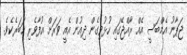
ޖަޕާނު އެމްބަސީ އެއް ރާއްޖޭގައި ހުޅުވިގެން ދިއުން އެއީ ވަރަށް އުފާވެރި ޚަބަރެކެވެ.